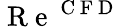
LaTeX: \mathrm{~R~e~}^{\mathrm{~C~F~D~}}